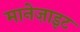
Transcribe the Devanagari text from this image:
मानेज़ाइट